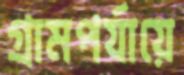
গ্রামপর্যায়ে